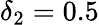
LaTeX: \delta_{2}=0.5